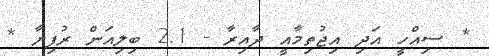
* ސިއްހީ އަދި އިޖުތިމާއީ ދާއިރާ - 2.1 ބިލިއަން ރުފިޔާ *